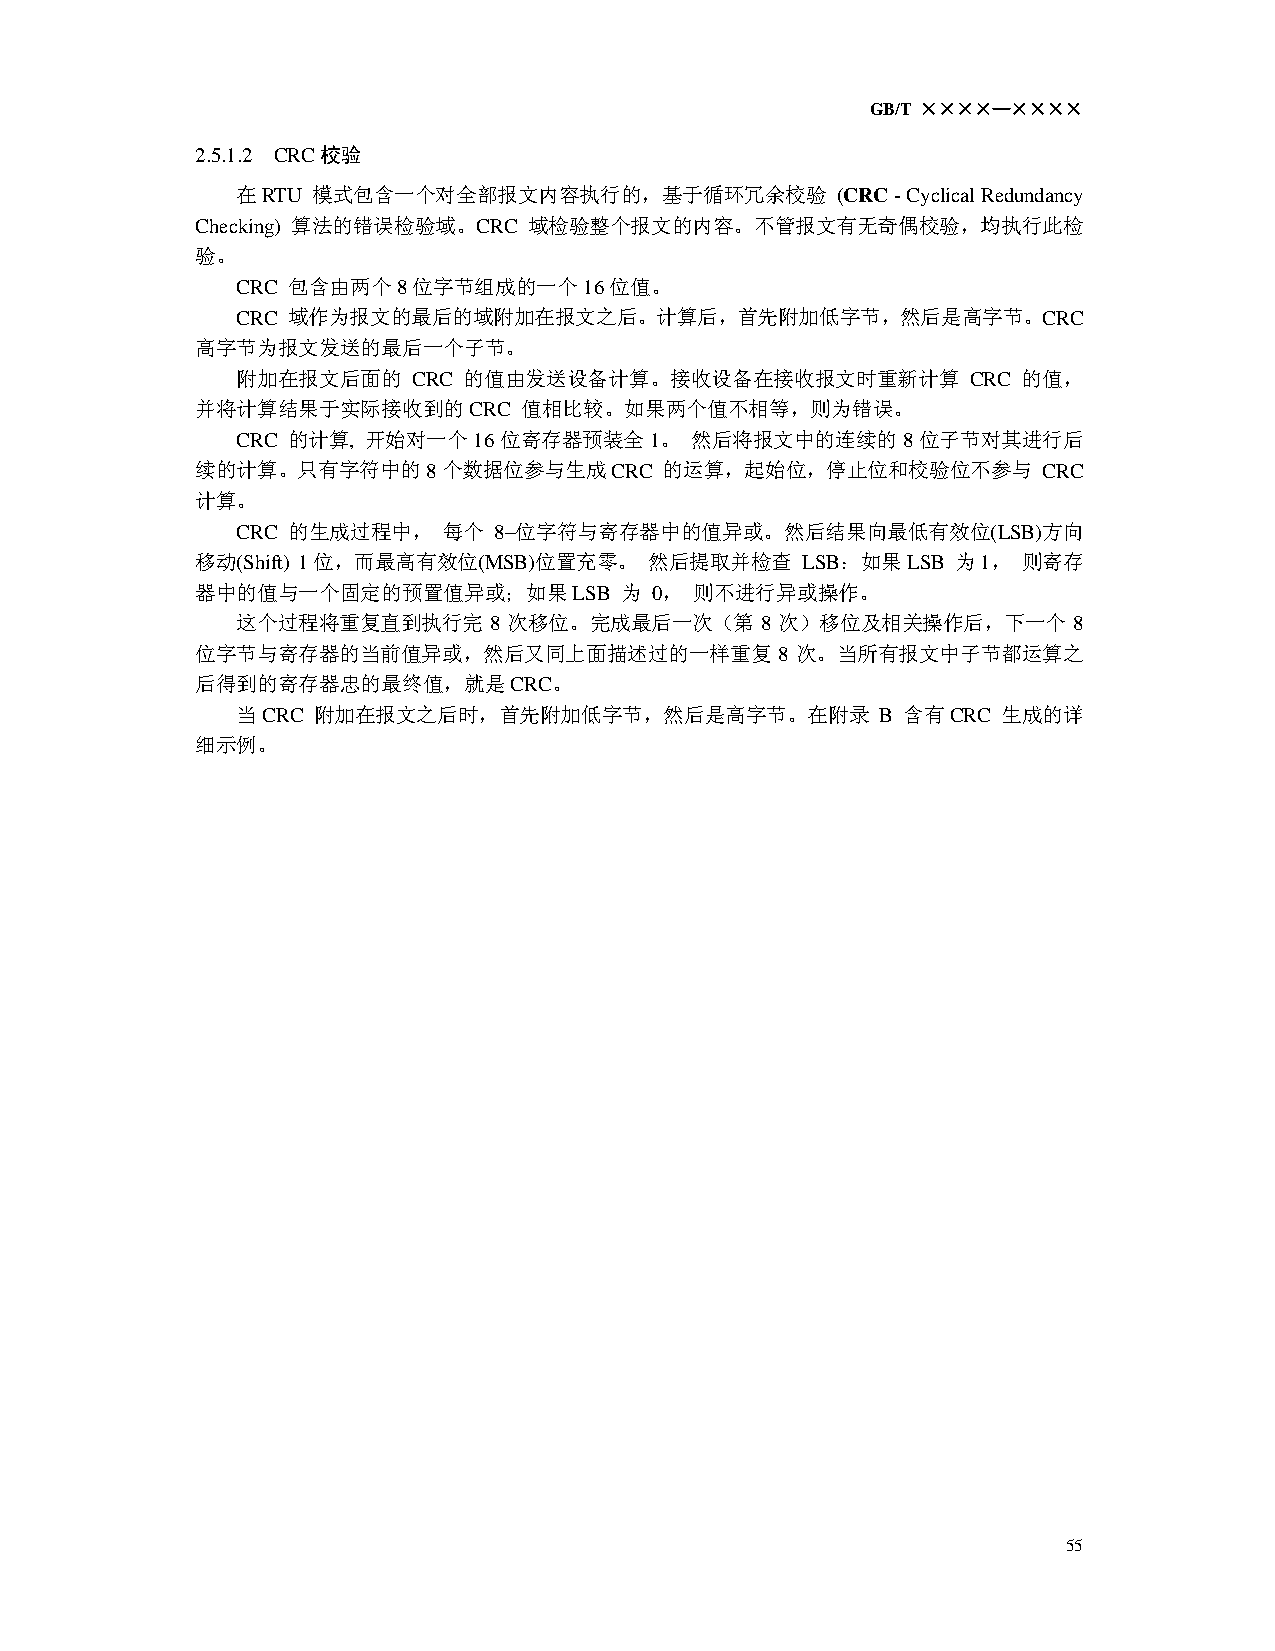
GB/T ××××—××××
 2.5.1.2 CRC校验
 在RTU 模式包含一个对全部报文内容执行的，基于循环冗余校验         (CRC - Cyclical Redundancy
 Checking) 算法的错误检验域。CRC 域检验整个报文的内容。不管报文有无奇偶校验，均执行此检
 验。
 CRC 包含由两个8位字节组成的一个16位值。
 CRC 域作为报文的最后的域附加在报文之后。计算后，首先附加低字节，然后是高字节。CRC
 高字节为报文发送的最后一个子节。
 附加在报文后面的   CRC 的值由发送设备计算。接收设备在接收报文时重新计算         CRC 的值，
 并将计算结果于实际接收到的CRC     值相比较。如果两个值不相等，则为错误。
 CRC 的计算, 开始对一个16位寄存器预装全1。     然后将报文中的连续的8位子节对其进行后
 续的计算。只有字符中的8个数据位参与生成CRC        的运算，起始位，停止位和校验位不参与       CRC
 计算。
 CRC 的生成过程中，  每个  8–位字符与寄存器中的值异或。然后结果向最低有效位(LSB)方向
 移动(Shift) 1位，而最高有效位(MSB)位置充零。 然后提取并检查   LSB：如果LSB 为1，  则寄存
 器中的值与一个固定的预置值异或；如果LSB       为 0， 则不进行异或操作。
 这个过程将重复直到执行完    8 次移位。完成最后一次（第    8 次）移位及相关操作后，下一个     8
 位字节与寄存器的当前值异或，然后又同上面描述过的一样重复           8 次。当所有报文中子节都运算之
 后得到的寄存器忠的最终值，就是CRC。
 当CRC 附加在报文之后时，首先附加低字节，然后是高字节。在附录          B 含有CRC 生成的详
 细示例。
 55